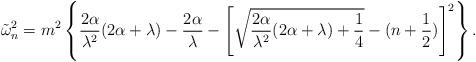
LaTeX: \begin{align*}\tilde\omega^2_n=m^2\left\{\frac{2\alpha}{\lambda^2}(2\alpha+\lambda)-\frac{2\alpha}{\lambda}-\left[\sqrt{\frac{2\alpha}{\lambda^2}(2\alpha+\lambda)+\frac 14}-(n+\frac 12)\right]^2\right\}.\end{align*}